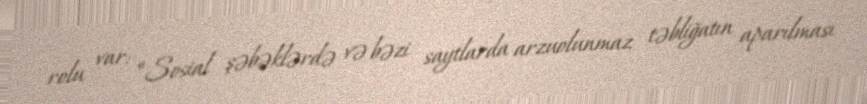
rolu var: “Sosial şəbəklərdə və bəzi saytlarda arzuolunmaz təbliğatın aparılması